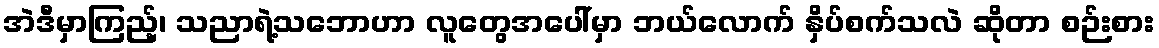
အဲဒီမှာကြည့်၊ သညာရဲ့သဘောဟာ လူတွေအပေါ်မှာ ဘယ်လောက် နှိပ်စက်သလဲ ဆိုတာ စဉ်းစား